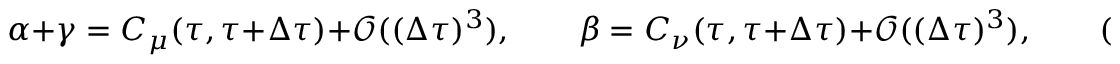
\alpha + \gamma = C _ { \mu } ( \tau , \tau + \Delta \tau ) + \mathscr { O } ( ( \Delta \tau ) ^ { 3 } ) , \qquad \beta = C _ { \nu } ( \tau , \tau + \Delta \tau ) + \mathscr { O } ( ( \Delta \tau ) ^ { 3 } ) , \qquad ( \alpha - \gamma ) \beta = \mathscr { O } ( ( \Delta \tau ) ^ { 3 } ) .